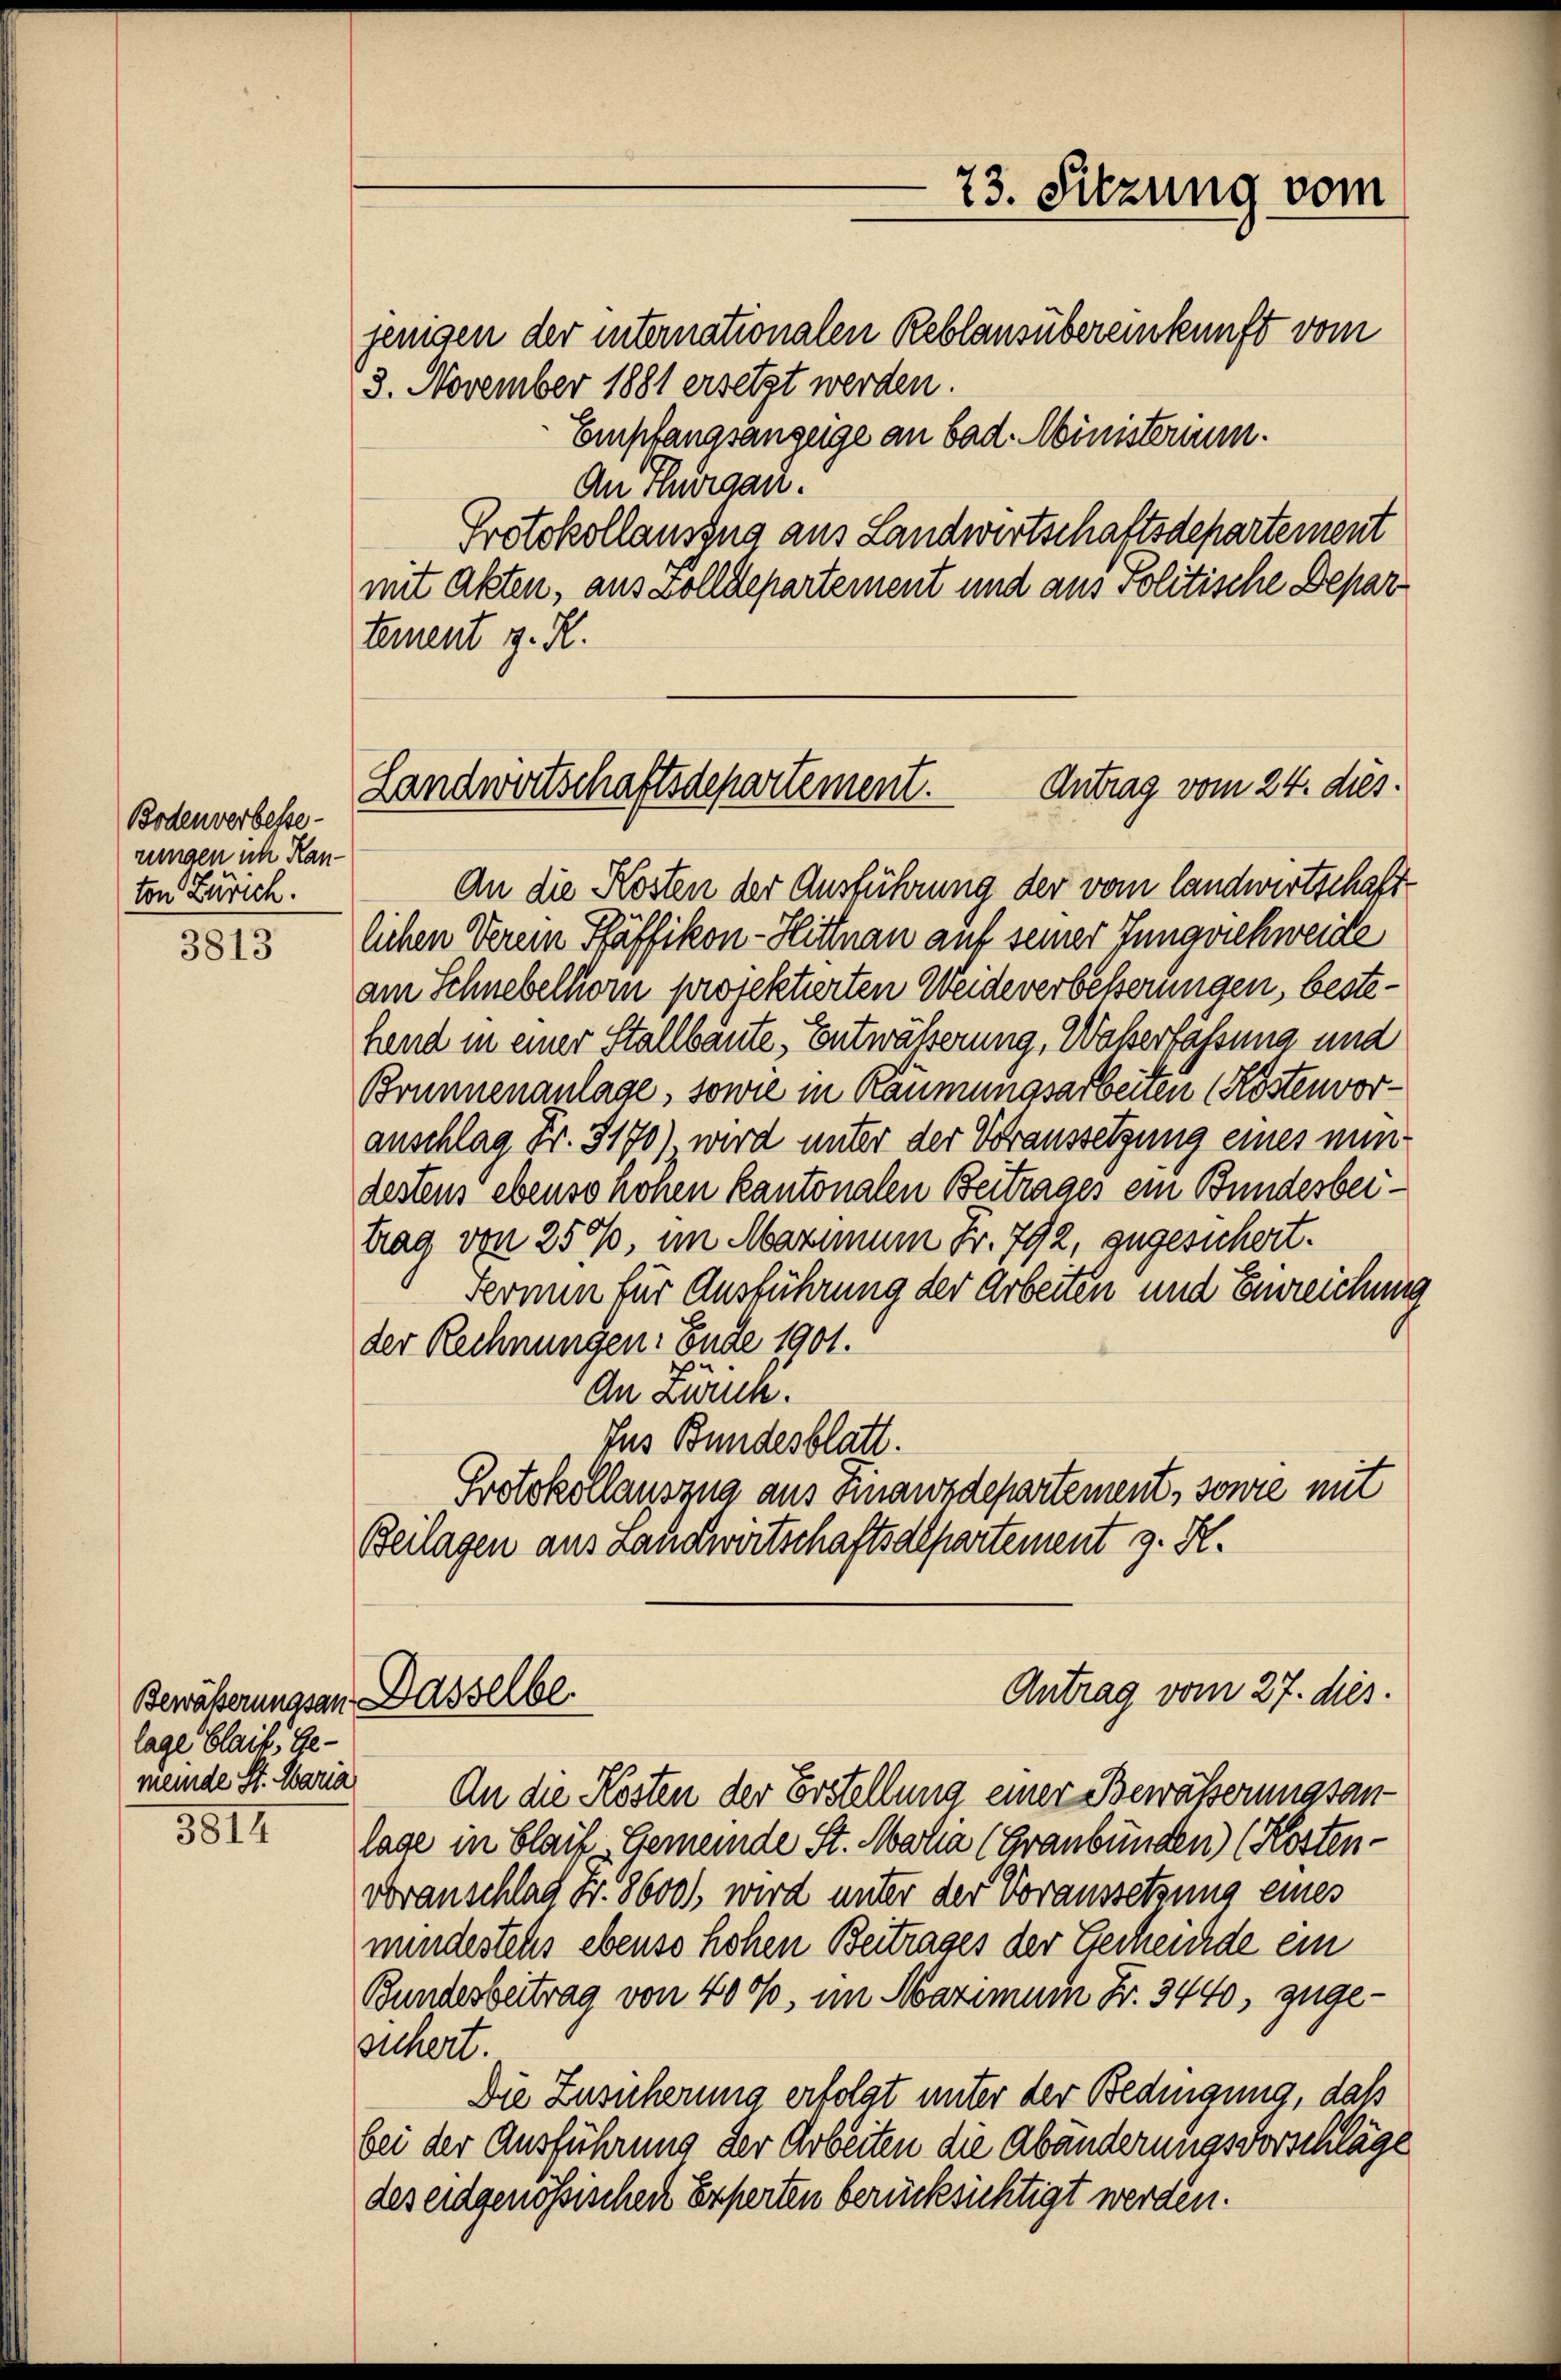
Bodenverbesse
rungen ich Kanton Zürich.

3813

lage blaib, Gemeinde St. Maria

3812

jenigen der internationalen Reblansübereinkunft vom
3. November 1881 ersetzt werden.
Empfangsanzeige an bad. Ministerium.
An Thurgau.
Protokollauszug aus Landwirtschaftsdepartement
mit Akten, aus Zolldepartement und aus Politische Departement z. R.

73. Sitzung vom

Antrag vom 24. dies.
Landwirtschaftsdepartement.

An die Kosten der Ausführung der vom landwirtschaft
lichen Verein Pfäffikon-Hittnau auf seiner Jungviehweide
am Schnebelhorn projektierten Weideverbesserungen, bestehend in einer Stallbaute, Entwässerung, Waßerfassung und
Brunnenanlage, sowie in Räumungsarbeiten (Kostenvoranschlag Fr. 3170), wird unter der Voraussetzung eines nundestens ebenso hohen kantonalen Beitrages ein Bundesbeitrag von 250, im Maximum Fr. 792, zugesichert.
Fermin für Ausführung der Arbeiten und Einreichung
der Rechnungen. Ende 1901.
n
An Zurück.
Ius Bundesblatt.
Protokollauszug aus Finanzdepartement, sowie mit
Beilagen aus Landwirtschaftsdepartement z. K.

Bewäßerungsan Dasselbe.

Antrag vom 27. dies

An die Kosten der Erstellung einer Bewässerungsanlage in Blaif Gemeinde St. Maria (Graubünden) (Kosten-
voranschlag Fr. 86001, wird unter der Voraussetzung eines
mundestehs ebenso hohen Beitrages der Gemeinde ein
Bundesbeitrag von 4000. im Marimum Fr. 3440, zugesichert.
Die Zusicherung erfolgt unter der Bedingung, daß
bei der Ausführung der Arbeiten die Abänderungsvorschläge
des eidgenössischen Experten berücksichtigt werden.